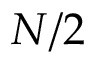
N / 2